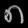
Digit: ၈